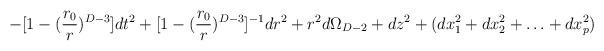
LaTeX: \begin{align*}-[1-({r_0\over r})^{D-3}] dt^2 + [1-({r_0\over r})^{D-3}]^{-1} dr^2+ r^2 d\Omega_{D-2} + dz^2 + (dx_1^2 + dx_2^2 +\ldots + dx_p^2)\end{align*}